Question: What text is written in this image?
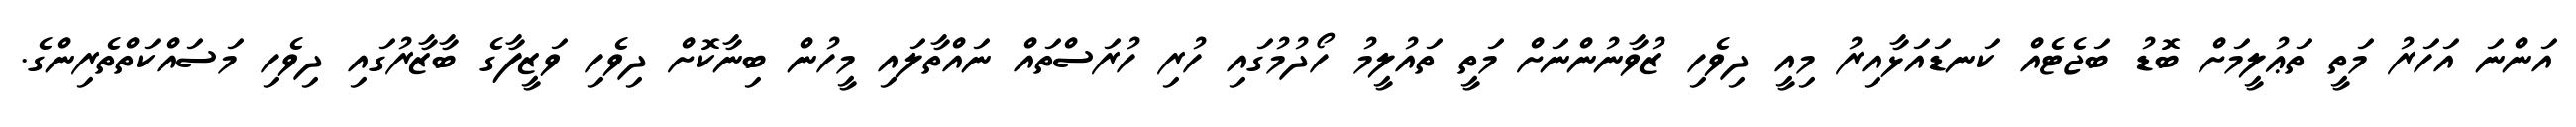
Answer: އަންނަ އަހަރު މަތީ ތަޢުލީމަށް ބޮޑު ބަޖެޓެއް ކަނޑައަޅާއިރު މިއީ ދިވެހި ޒުވާނުންނަށް މަތީ ތައުލީމު ހޯދުމުގައި ހުރި ހުރަސްތައް ނައްތާލައި މީހުން ބިނާކޮށް ދިވެހި ވަޒީފާގެ ބާޒާރުގައި ދިވެހި މަސައްކަތްތެރިންގެ.